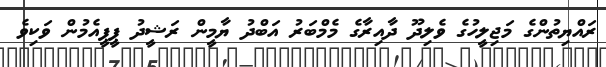
ރައްޔިތުންގެ މަޖިލީހުގެ ވެލިދޫ ދާއިރާގެ މެމްބަރު އަބްދު ޔާމީން ރަޝީދު ޕީޕީއެމުން ވަކިވެ